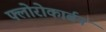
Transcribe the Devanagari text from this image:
फ्लोरोकार्बन